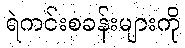
ရဲကင်းစခန်းများကို